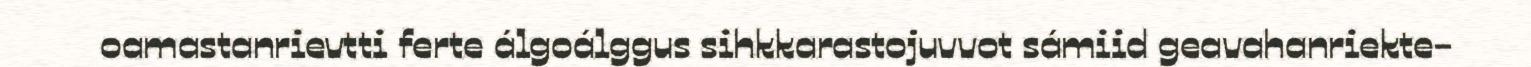
oamastanrievtti ferte álgoálggus sihkkarastojuvvot sámiid geavahanriekte-